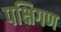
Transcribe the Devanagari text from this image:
पक्षिगण